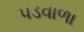
પડવાળા